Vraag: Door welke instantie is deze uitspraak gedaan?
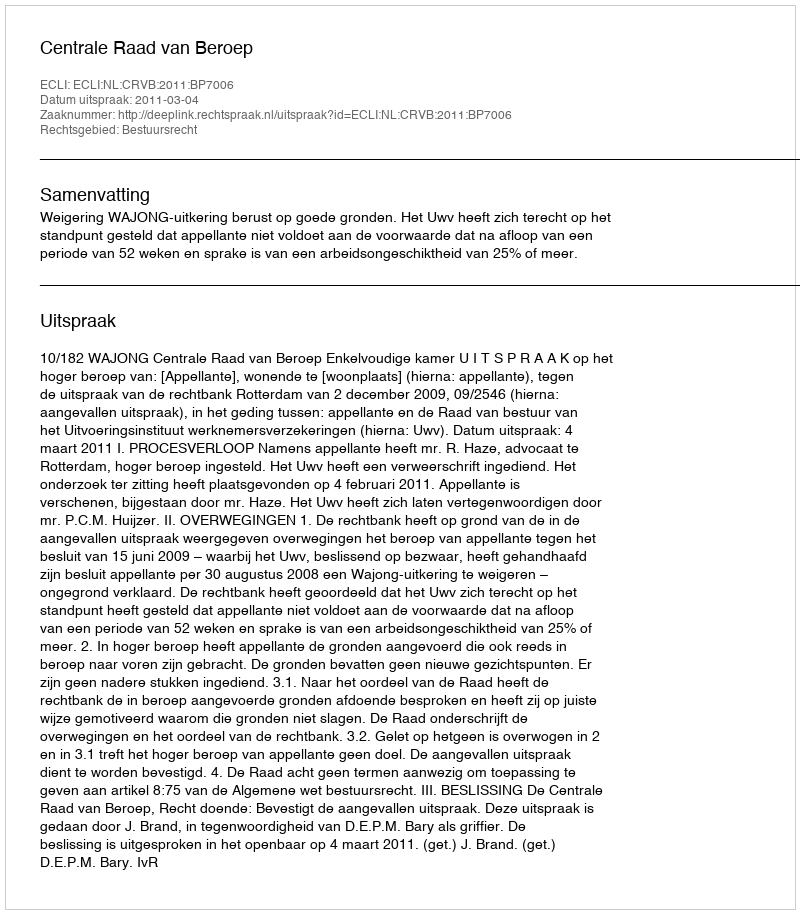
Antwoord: Centrale Raad van Beroep